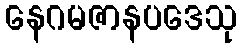
နေဂမဇာနပဒေသု